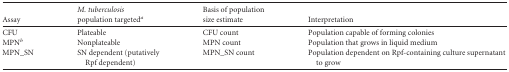
<table><thead><tr><td><b>Assay</b></td><td><b>M. tuberculosis population targeted<sup><i>a</i></sup></b></td><td><b>Basis of population size estimate</b></td><td><b>Interpretation</b></td></tr></thead><tbody><tr><td>CFU</td><td>Plateable</td><td>CFU count</td><td>Population capable of forming colonies</td></tr><tr><td>MPN<sup><i>b</i></sup></td><td>Nonplateable</td><td>MPN count</td><td>Population that grows in liquid medium</td></tr><tr><td>MPN_SN</td><td>SN dependent (putatively Rpf dependent)</td><td>MPN_SN count</td><td>Population dependent on Rpf-containing culture supernatant to grow</td></tr></tbody></table>